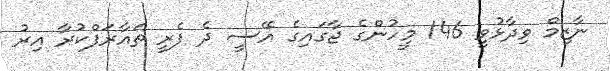
ނާޒިމް ވިދާޅުވީ 146 މީހުންގެ ޖާގައިގެ އޭސީ ދެ ފެރީ ތައާރަފްކުރާ އިރު